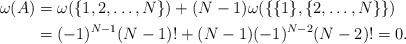
LaTeX: \begin{align*}\omega(A) &= \omega(\{1,2, \ldots, N\}) + (N-1)\omega(\{\{1\},\{2,\ldots,N\}\}) \\&= (-1)^{N-1}(N-1)! + (N-1)(-1)^{N-2}(N-2)! = 0.\end{align*}